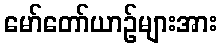
မော်တော်ယာဉ်များအား